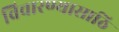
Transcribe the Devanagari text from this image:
विचारण्यासाठि